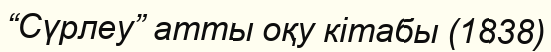
“Сүрлеу” атты оқу кітабы (1838)